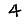
Digit: 4